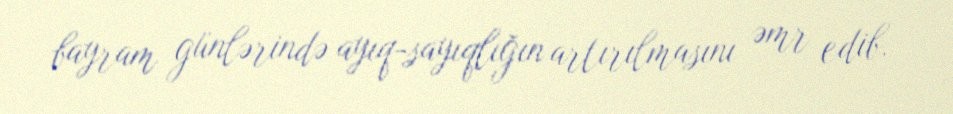
bayram günlərində ayıq-sayıqlığın artırılmasını əmr edib.